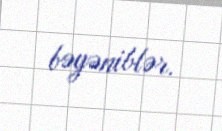
bəyəniblər.